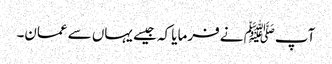
آپﷺ نے فرمایا کہ جیسے یہاں سے عمان۔